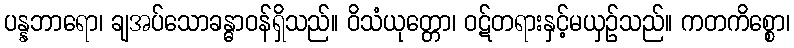
ပန္နဘာရော၊ ချအပ်သောခန္ဓာဝန်ရှိသည်။ ဝိသံယုတ္တော၊ ဝဋ်တရားနှင့်မယှဉ်သည်။ ကတကိစ္စော၊